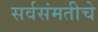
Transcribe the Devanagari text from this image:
सर्वसंमतीचे